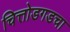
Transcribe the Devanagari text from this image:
चित्तोडगडचा